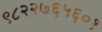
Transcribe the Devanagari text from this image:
९८२२७६५६०१